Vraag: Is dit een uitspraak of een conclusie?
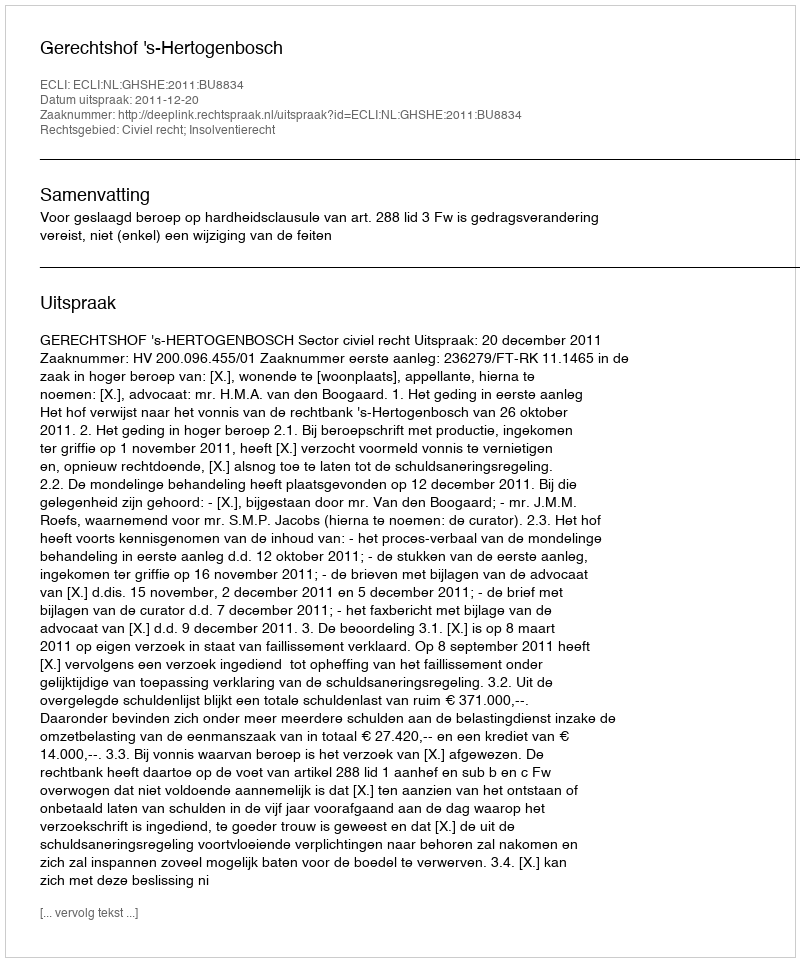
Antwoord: Uitspraak